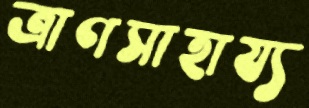
ত্রাণসাহায্য